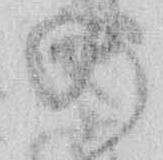
の